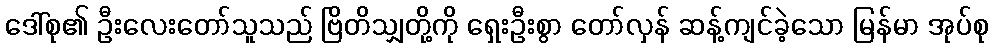
ဒေါ်စု၏ ဦးလေးတော်သူသည် ဗြိတိသျှတို့ကို ရှေးဦးစွာ တော်လှန် ဆန့်ကျင်ခဲ့သော မြန်မာ အုပ်စု